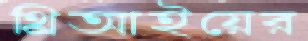
থ্রিআইয়ের